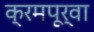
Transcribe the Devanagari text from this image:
क्रमपूर्वा